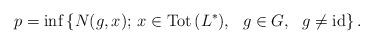
LaTeX: \begin{align*} p=\inf\left\{N(g,x);\, x\in\mathrm{Tot\,}(L^*),\ \ g\in G,\ \ g\neq\mathrm{id}\right\}. \end{align*}